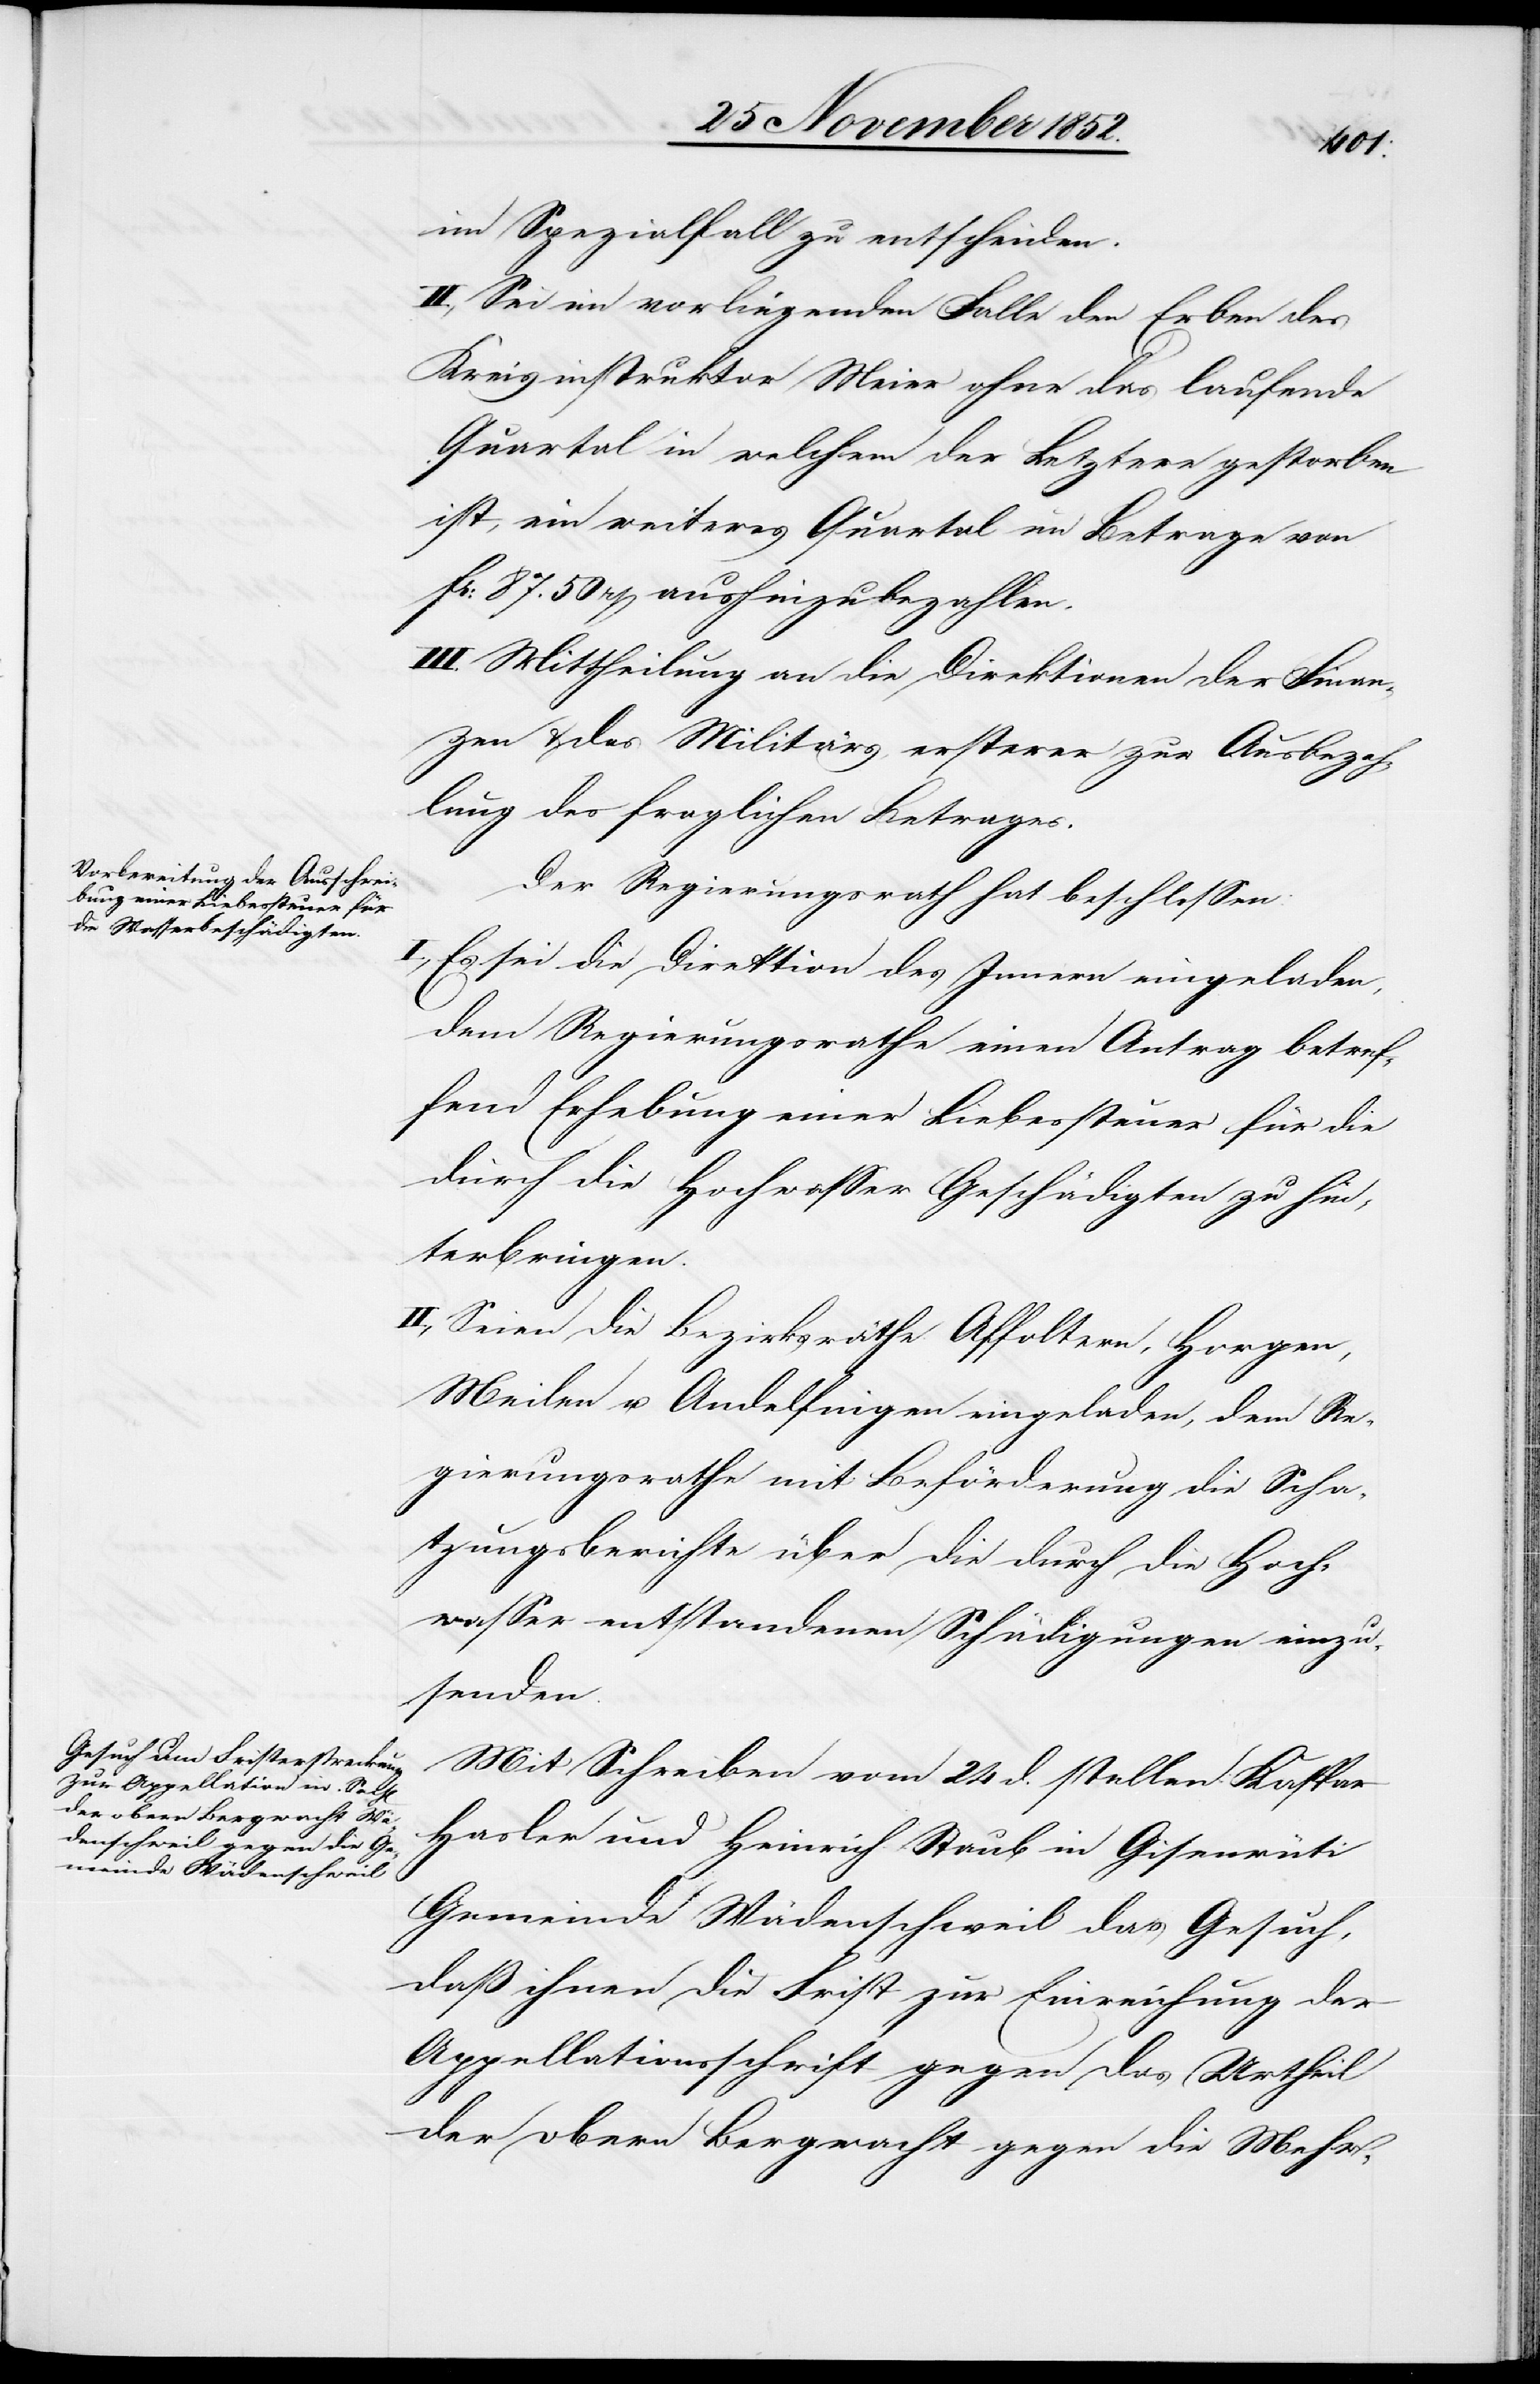
im Spezialfall zu entscheiden.
II., Sei im vorliegenden Falle den Erben des
Kreisinstruktor Meier ohne das laufende
Quartal in welchem der Letztere gestorben
ist, ein weiteres Quartal im Betrage von
Fr: 87. 50 rp aushinzubezahlen.
III. Mittheilung an die Direktionen der Finan¬
zen & des Militärs, ersterer zur Ausbezah¬
lung des fraglichen Betrages.
Der Regierungsrath hat beschlossen:
I., Es sei die Direktion des Innern eingeladen,
dem Regierungsrathe einen Antrag betref¬
fend Erhebung einer Liebessteuer für die
durch die Hochwasser Geschädigten zu hin¬
terbringen.
II., Seien die Bezirksräthe Affoltern, Horgen,
Meilen u. Andelfingen eingeladen, dem Re¬
gierungsrathe mit Beförderung die Scha¬
tzungsberichte über die durch die Hoch¬
wasser entstandenen Schädigungen einzu¬
senden.
Mit Schreiben vom 24 d. stellen Kaspar
Hasler und Heinrich Staub in Gisenrüti
Gemeinde Wädenschweil das Gesuch,
daß ihnen die Frist zur Einreichung der
Appellationsschrift gegen das Urtheil
der obern Bergwacht gegen die Mehr-